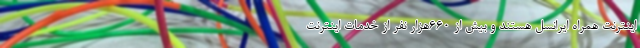
اینترنت همراه ایرانسل هستند و بیش از 660هزار نفر از خدمات اینترنت